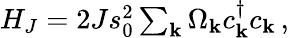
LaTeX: \begin{array}{r}{H_{J}=2Js_{0}^{2}\sum_{\mathbf k}\Omega_{\mathbf k}c_{\mathbf k}^{\dagger}c_{\mathbf k}\, ,}\end{array}